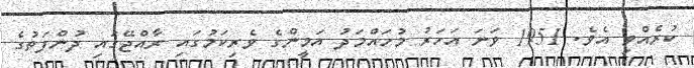
ކުރެއްވި އެވެ. 1951 ވަނަ އަހަރު މުހައްމަދު އަމީންގެ ވެރިކަމުގައި ރާއްޖޭގައި ދުންފަތުގެ